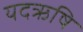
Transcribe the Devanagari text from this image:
यदऋषि